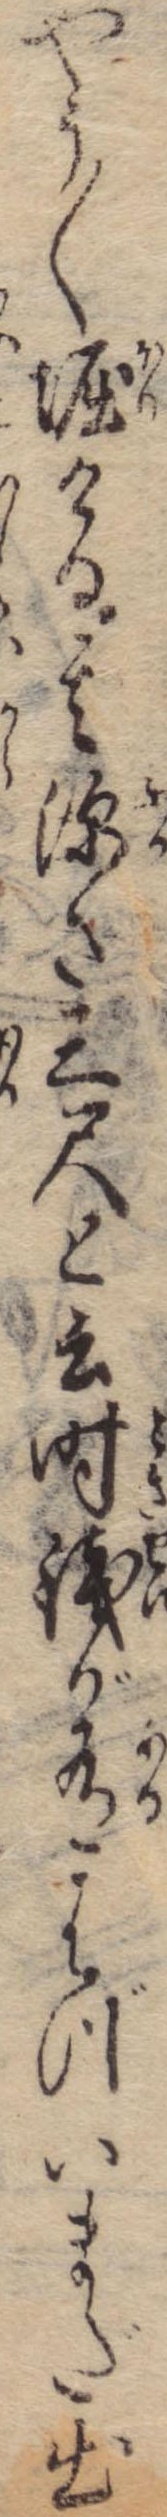
やう〱堀ける其深さ三尺と云時銭が有はづいまだ出